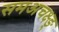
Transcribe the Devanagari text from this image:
समअचक्ष्ङ्